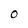
Character: O